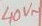
Text: 40V~